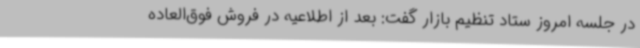
در جلسه امروز ستاد تنظیم بازار گفت: بعد از اطلاعیه در فروش فوق‌العاده